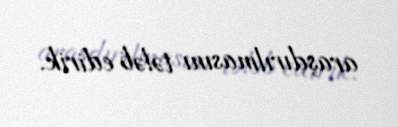
araşdırılmasını tələb edirik.